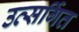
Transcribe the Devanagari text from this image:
उत्सर्गित